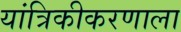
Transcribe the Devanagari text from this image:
यांत्रिकीकरणाला